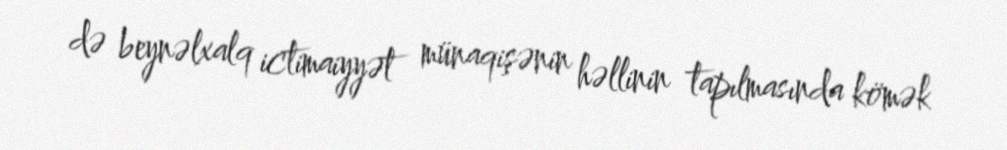
də beynəlxalq ictimaiyyət münaqişənin həllinin tapılmasında kömək